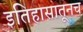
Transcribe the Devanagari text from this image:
इतिहासातूनच